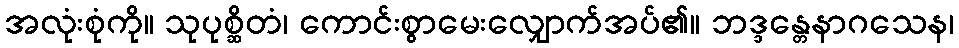
အလုံးစုံကို။ သုပုစ္ဆိတံ၊ ကောင်းစွာမေးလျှောက်အပ်၏။ ဘဒ္ဒန္တေနာဂသေန၊